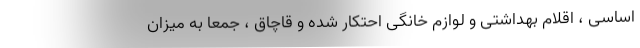
اساسی ، اقلام بهداشتی و لوازم خانگی احتکار شده و قاچاق ، جمعا به میزان